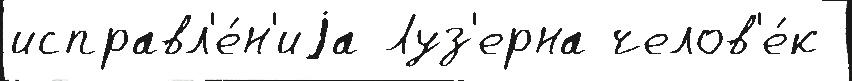
исправл'е́н'иjа Луз'ерна челов'е́к